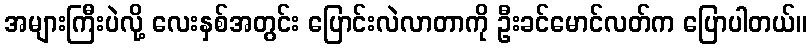
အများကြီးပဲလို့ လေးနှစ်အတွင်း ပြောင်းလဲလာတာကို ဦးခင်မောင်လတ်က ပြောပါတယ်။